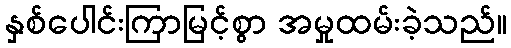
နှစ်ပေါင်းကြာမြင့်စွာ အမှုထမ်းခဲ့သည်။